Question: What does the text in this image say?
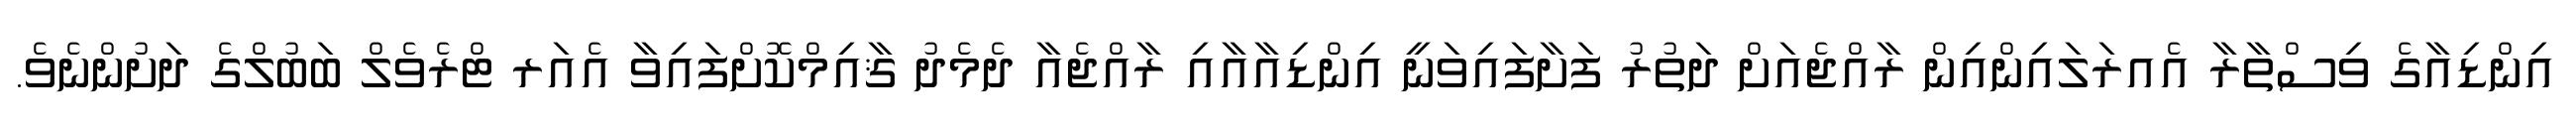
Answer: އިންޑިއާގެ ވިސްތާރާ އެއރަލައިންއިން ރާއްޖެއަށް ދަތުރު ފަށާފައިވަނީ އިންޑިއާއާއި ރާއްޖެއާ ދެމެދު ޤާއިމްކޮށްފައިވާ އެއަރ ޓްރެވެލް ބަބުލްގެ ދަށުންނެވެ.